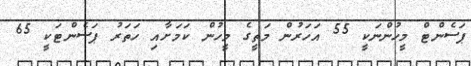
ޕަސެންޓް މީހުންނަކީ 55 އަހަރުން މަތީގެ މީހުން ކަމަށާއި ހަތަރު ޕަސެންޓަކީ 65